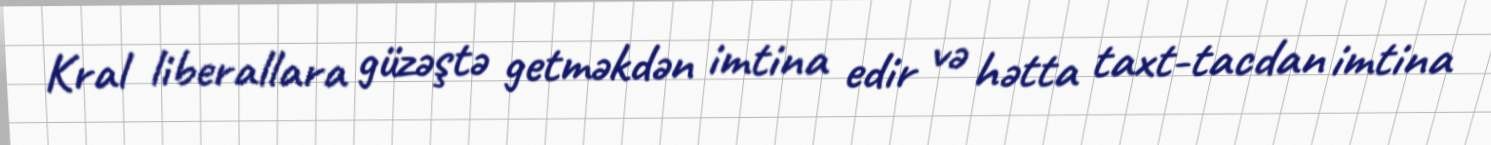
Kral liberallara güzəştə getməkdən imtina edir və hətta taxt-tacdan imtina